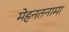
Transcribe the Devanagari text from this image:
मेहनतनामा